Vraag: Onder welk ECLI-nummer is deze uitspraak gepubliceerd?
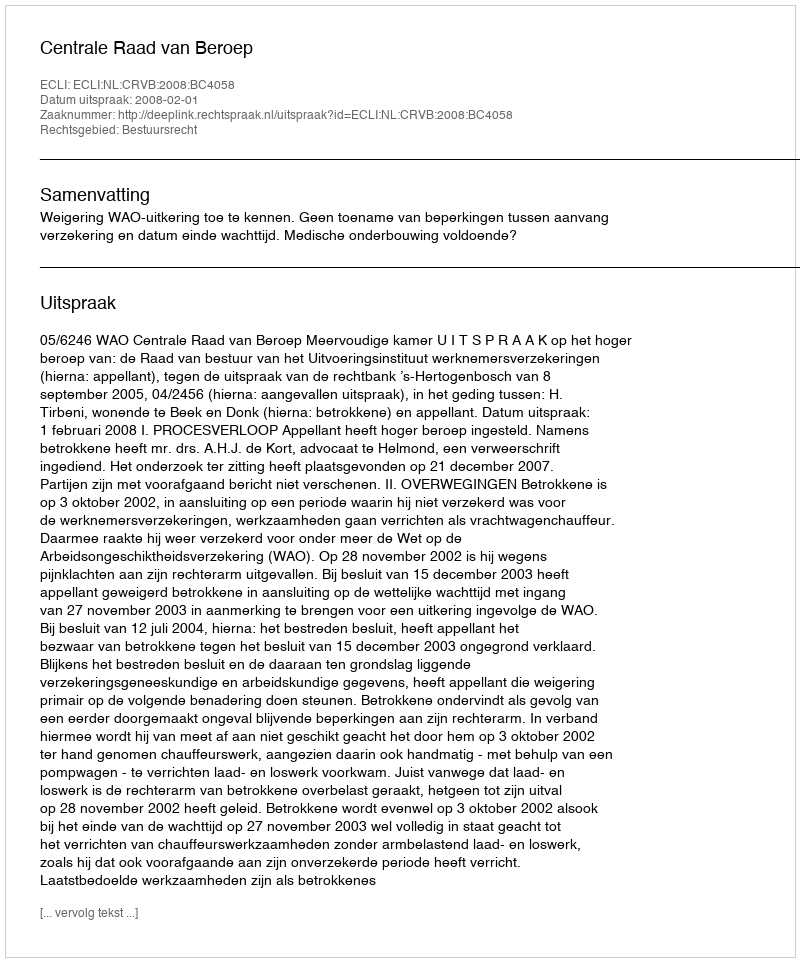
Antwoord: ECLI:NL:CRVB:2008:BC4058